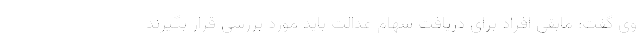
وی گفت: مابقی افراد برای دریافت سهام عدالت باید مورد بررسی قرار بگیرند